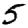
Digit: 5